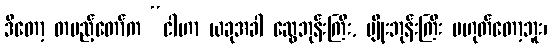
ဒီတော့ တပည့်တော်က “ငါဟာ ယခုအခါ ဆွေဘုန်းကြီး, မျိုးဘုန်းကြီး မဟုတ်တော့ဘူး၊